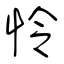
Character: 怜